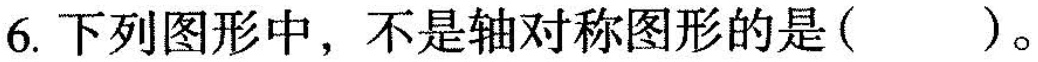
6.下列图形中，不是轴对称图形的是()。